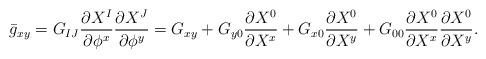
LaTeX: \begin{align*}\bar{g}_{xy}=G_{IJ}\frac{\partial{X^{I}}}{\partial{{\phi}^{x}}}\frac{\partial{X^{J}}}{\partial{{\phi}^{y}}}=G_{xy}+G_{y0}\frac{\partial{X^{0}}}{\partial{X^{x}}}+G_{x0}\frac{\partial{X^{0}}}{\partial{X^{y}}}+G_{00}\frac{\partial{X^{0}}}{\partial{X^{x}}}\frac{\partial{X^{0}}}{\partial{X^{y}}}.\end{align*}